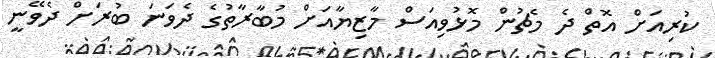
ކުރިއަށް އޮތް ދެ މެޗުން މޮޅުވިއަސް މާޒިޔާއަށް މުބާރާތުގެ ދެވަނަ ބުރަށް ދެވޭނީ